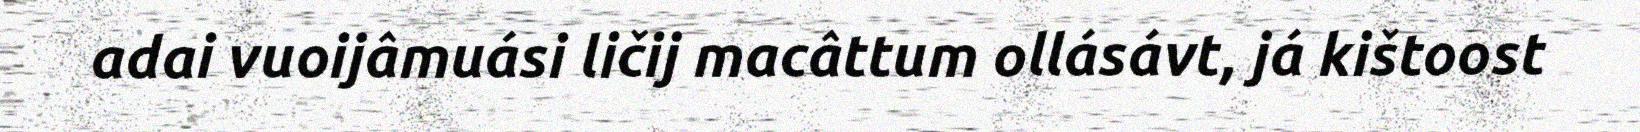
adai vuoijâmuási ličij macâttum ollásávt, já kištoost